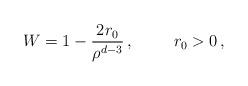
LaTeX: \begin{align*}W = 1 - \frac{2r_{0}}{\rho^{d-3}}\, , \hspace{1cm}r_{0}>0\, ,\end{align*}